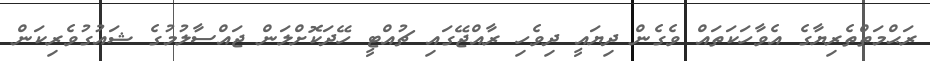
ރަޙްމަތްތެރިޔާގެ އެވާހަކަތައް ވެގެން ދިޔައީ ދިވެހި ރާއްޖޭގައި ޗުއްޓީ ހޭދަކޮށްލަން ޖައްސާލުމުގެ ޝައުގުވެރިކަން